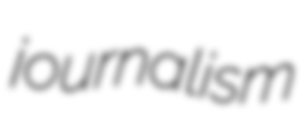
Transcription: journalism